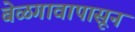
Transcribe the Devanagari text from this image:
बेळगावापासून